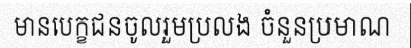
មានបេក្ខជនចូលរួមប្រលង ចំនួនប្រមាណ